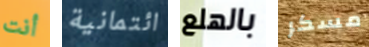
أنت ائتمانية بالهلع مسكر